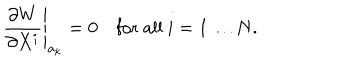
\frac { \partial W } { \partial X ^ { i } } \Bigg | _ { a _ { k } } = 0 \quad \mathrm { f o r ~ a l l ~ } i = 1 \dots N .